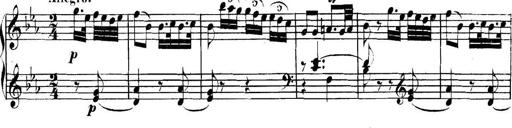
Title: Collected Piano Sonatas
Composer: Muzio Clementi